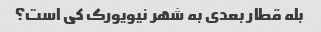
بله قطار بعدی به شهر نیویورک کی است؟